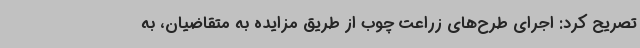
تصریح کرد: اجرای طرح‌های زراعت چوب از طریق مزایده به متقاضیان، به